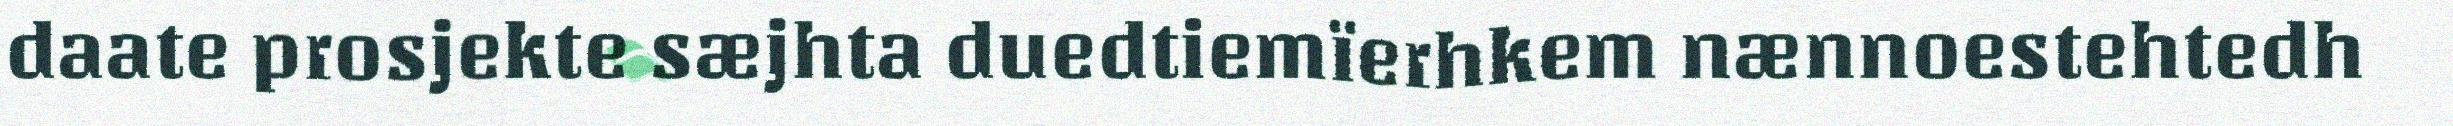
daate prosjekte sæjhta duedtiemïerhkem nænnoestehtedh